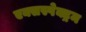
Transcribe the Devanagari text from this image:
एक्सस्पेक्ट्रम